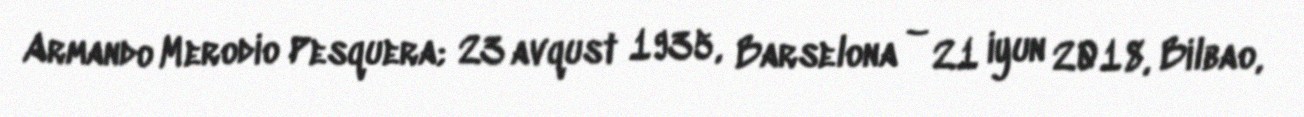
Armando Merodio Pesquera; 23 avqust 1935, Barselona – 21 iyun 2018, Bilbao,